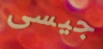
جيسى